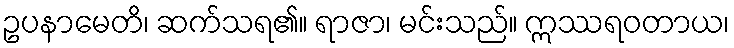
ဥပနာမေတိ၊ ဆက်သရ၏။ ရာဇာ၊ မင်းသည်။ ဣဿရဝတာယ၊